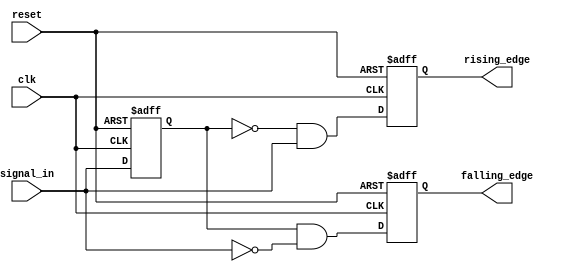
module glitch_free_edge_detector (
    input wire clk,                // Clock signal
    input wire reset,              // Reset signal
    input wire signal_in,          // Input signal to detect edges
    output reg rising_edge,        // Rising edge output
    output reg falling_edge        // Falling edge output
);

    // Memory blocks to store previous states
    reg prev_state;                // Previous state of signal_in
    reg prev_prev_state;           // State before prev_state

    // Always block to sample the input signal and detect edges
    always @(posedge clk or posedge reset) begin
        if (reset) begin
            // Initialize memory blocks on reset
            prev_state <= 1'b0;
            prev_prev_state <= 1'b0;
            rising_edge <= 1'b0;
            falling_edge <= 1'b0;
        end else begin
            // Update previous states
            prev_prev_state <= prev_state;
            prev_state <= signal_in;

            // Edge detection logic
            rising_edge <= (prev_state == 1'b0 && signal_in == 1'b1);
            falling_edge <= (prev_state == 1'b1 && signal_in == 1'b0);
        end
    end

endmodule